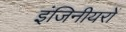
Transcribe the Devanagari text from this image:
इंजिनीयरों